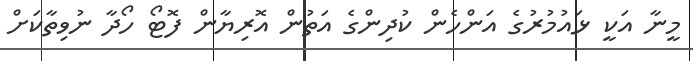
މީނާ އަކީ ޅައުމުރުގެ އަންހެން ކުދިންގެ އަތުން އޮރިޔާން ފޮޓޯ ހޯދާ ނުވިތާކަށް